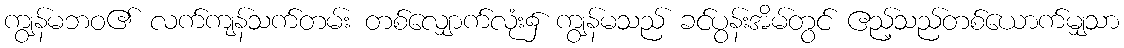
ကျွန်မဘဝ၏ လက်ကျန်သက်တမ်း တစ်လျှောက်လုံး၌ ကျွန်မသည် ခင်ပွန်းအိမ်တွင် ဧည့်သည်တစ်ယောက်မျှသာ